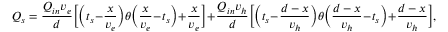
Q _ { s } = \frac { Q _ { i n } v _ { e } } { d } \Big [ \Big ( t _ { s } - \frac { x } { v _ { e } } \Big ) \theta \Big ( \frac { x } { v _ { e } } - t _ { s } \Big ) + \frac { x } { v _ { e } } \Big ] + \frac { Q _ { i n } v _ { h } } { d } \Big [ \Big ( t _ { s } - \frac { d - x } { v _ { h } } \Big ) \theta \Big ( \frac { d - x } { v _ { h } } - t _ { s } \Big ) + \frac { d - x } { v _ { h } } \Big ] ,